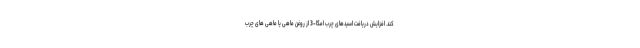
کند. افزایش دریافت اسیدهای چرب امگا-3 از روغن ماهی یا ماهی های چرب